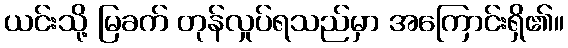
ယင်းသို့ မြခက် တုန်လှုပ်ရသည်မှာ အကြောင်းရှိ၏။